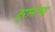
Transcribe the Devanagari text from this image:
दुरानांच्या